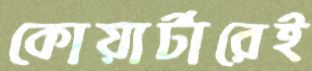
কোয়ার্টারেই